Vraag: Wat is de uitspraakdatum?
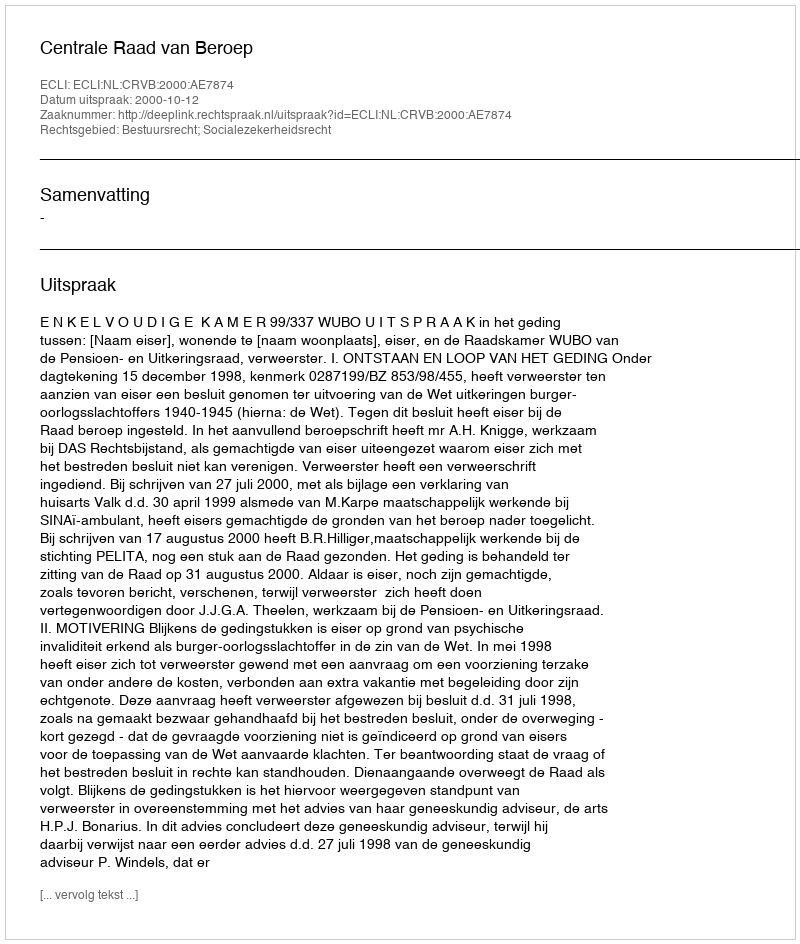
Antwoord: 2000-10-12